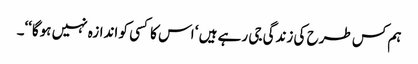
ہم کس طرح کی زندگی جی رہے ہیں ‘ اس کا کسی کو اندازہ نہیں ہوگا‘‘۔